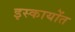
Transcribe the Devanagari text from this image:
इस्कायोंत